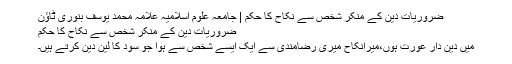
ضروریات دین کے منکر شخص سے نکاح کا حکم | جامعہ علوم اسلامیہ علامہ محمد یوسف بنوری ٹاؤن
ضروریات دین کے منکر شخص سے نکاح کا حکم
میں دین دار عورت ہوں،میرانکاح میری رضامندی سے ایک ایسے شخص سے ہوا جو سود کا لین دین کرتے ہیں۔